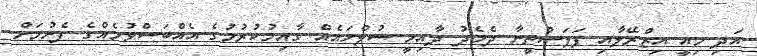
އަދި މިއީ އިޒްރޭލާއި ފަލަސްތީނާ ދެމެދު ދާއިމީ ސުލްހައެއް ގާއިމުކުރުމުގެ އެއްބަސްވުމެއްގެ ފެށުމަށް